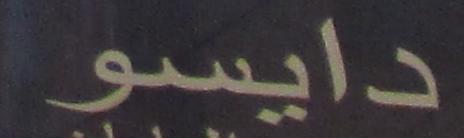
دايسو